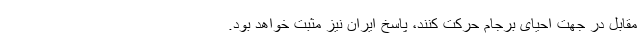
مقابل در جهت احیای برجام حرکت کنند، پاسخ ایران نیز مثبت خواهد بود.